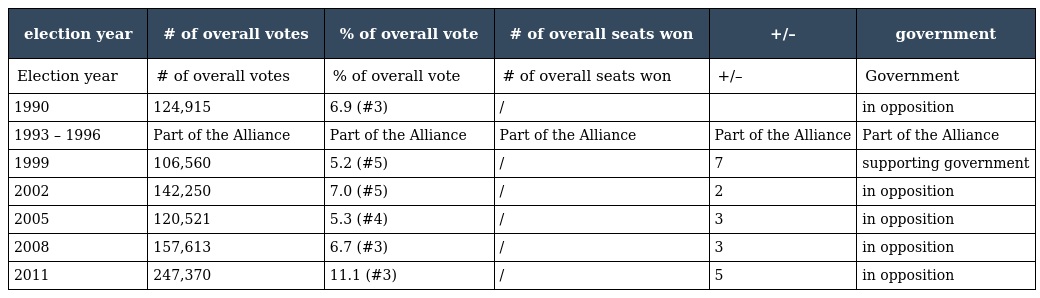
| election year | # of overall votes | % of overall vote | # of overall seats won | +/– | government |
 | --- | --- | --- | --- | --- | --- |
 | Election year | # of overall votes | % of overall vote | # of overall seats won | +/– | Government |
 | 1990 | 124,915 | 6.9 (#3) | / |  | in opposition |
 | 1993 – 1996 | Part of the Alliance | Part of the Alliance | Part of the Alliance | Part of the Alliance | Part of the Alliance |
 | 1999 | 106,560 | 5.2 (#5) | / | 7 | supporting government |
 | 2002 | 142,250 | 7.0 (#5) | / | 2 | in opposition |
 | 2005 | 120,521 | 5.3 (#4) | / | 3 | in opposition |
 | 2008 | 157,613 | 6.7 (#3) | / | 3 | in opposition |
 | 2011 | 247,370 | 11.1 (#3) | / | 5 | in opposition |